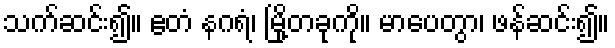
သက်ဆင်း၍။ ဧတံ နဂရံ၊ မြို့တခုကို။ မာပေတွာ၊ ဖန်ဆင်း၍။